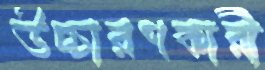
উচ্চারণকারী